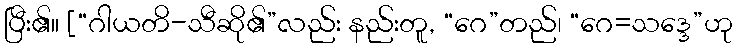
ပြီး၏။ [“ဂါယတိ-သီဆို၏”လည်း နည်းတူ, “ဂေ”တည်၊ “ဂေ=သဒ္ဒေ”ဟု